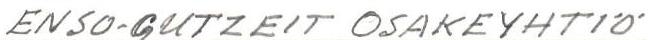
ENSO-GUTZEIT OSAKEYHTIÖ